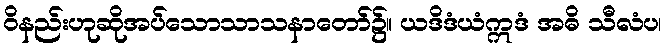
ဝိနည်းဟုဆိုအပ်သောသာသနာတော်၌။ ယဒိဒံယံဣဒံ အဓိ သီလံပ၊